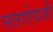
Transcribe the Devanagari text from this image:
लताऐवजी